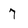
Character: 7